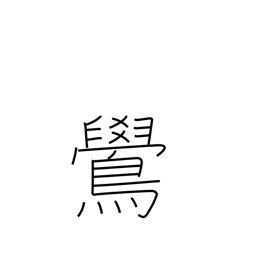
Meaning: bullfinch